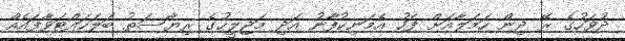
ދުވަހުގެ ރޭ ދިން ހަމަލާއަށް ފަހު އެމަނިކުފާނު އަދި މަޖިލީހުގެ ރިޔާސަތު ބަލަހައްޓަވާފައެއް